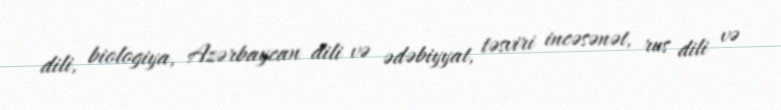
dili, biologiya, Azərbaycan dili və ədəbiyyat, təsviri incəsənət, rus dili və